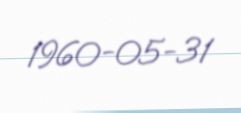
1960-05-31